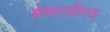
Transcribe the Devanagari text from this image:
बेकरफील्ड